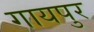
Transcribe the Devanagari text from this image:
गायपुर